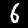
Digit: 6